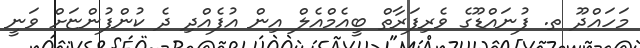
މަހައްދޫ ތ. ފުނައްޑޫގެ ވެރިފަރާތް ބީއެމްއެލް އިން އުފެއްދި ދެ ކުންފުންޏަށް ވަނީ